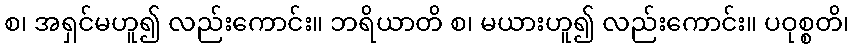
စ၊ အရှင်မဟူ၍ လည်းကောင်း။ ဘရိယာတိ စ၊ မယားဟူ၍ လည်းကောင်း။ ပဝုစ္စတိ၊